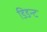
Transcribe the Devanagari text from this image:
डिडन्‍ट